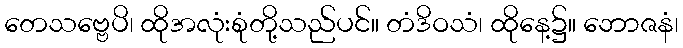
တေသဗ္ဗေပိ၊ ထိုအလုံးစုံတို့သည်ပင်။ တံဒိဝသံ၊ ထိုနေ့၌။ ဘောဇနံ၊